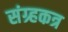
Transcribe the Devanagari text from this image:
संग्र्हकत्र